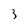
Character: 3